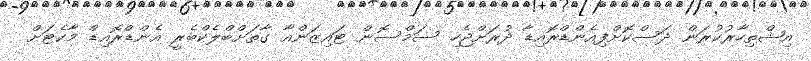
އިޝްތިހާރުކުރަން ދަސްކޮށްފިއެންޑްރޮއިޑާ ދުރަށްޖެހި ސަމްސޮން ޓައިޒަންއާ ގާތަށްބްލެކްބެރީ އެންޑްރޮއިޑް މާކެޓަށް